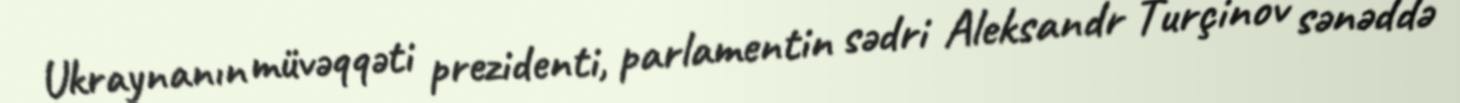
Ukraynanın müvəqqəti prezidenti, parlamentin sədri Aleksandr Turçinov sənəddə